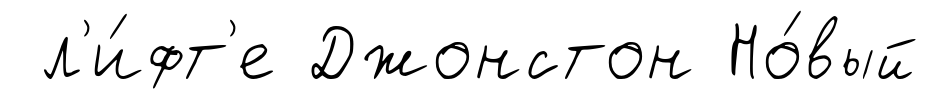
л'и́фт'е Джонстон Но́вый